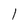
Character: l